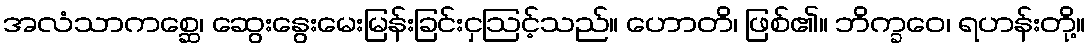
အလံသာကစ္ဆေ၊ ဆွေးနွေးမေးမြန်းခြင်းငှဩင့်သည်။ ဟောတိ၊ ဖြစ်၏။ ဘိက္ခဝေ၊ ရဟန်းတို့။